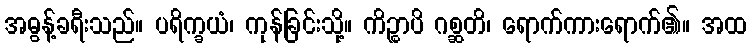
အဓွန့်ခရီးသည်။ ပရိက္ခယံ၊ ကုန်ခြင်းသို့။ ကိဉ္စာပိ ဂစ္ဆတိ၊ ရောက်ကားရောက်၏။ အထ